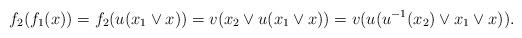
LaTeX: \begin{align*}f_2(f_1(x))=f_2 ( u(x_1 \vee x)) = v(x_2 \vee u(x_1 \vee x))=v ( u (u^{-1}(x_2) \vee x_1 \vee x)).\end{align*}